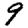
Digit: 9